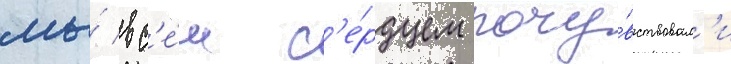
мы́ вс'е́м с'е́рдцем почу́вствовал'и